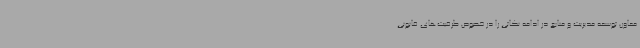
معاون توسعه مدیریت و منابع در ادامه نکاتی را در خصوص ظرفیت‌های قانونی